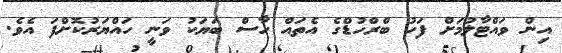
އިން ވައްޓާލުމަށް ފަހު ބްރްހުޑްގެ އެތައް ހާސް ބަޔަކު ވަނީ ހައްޔަރުކޮށްފަ އެވެ.